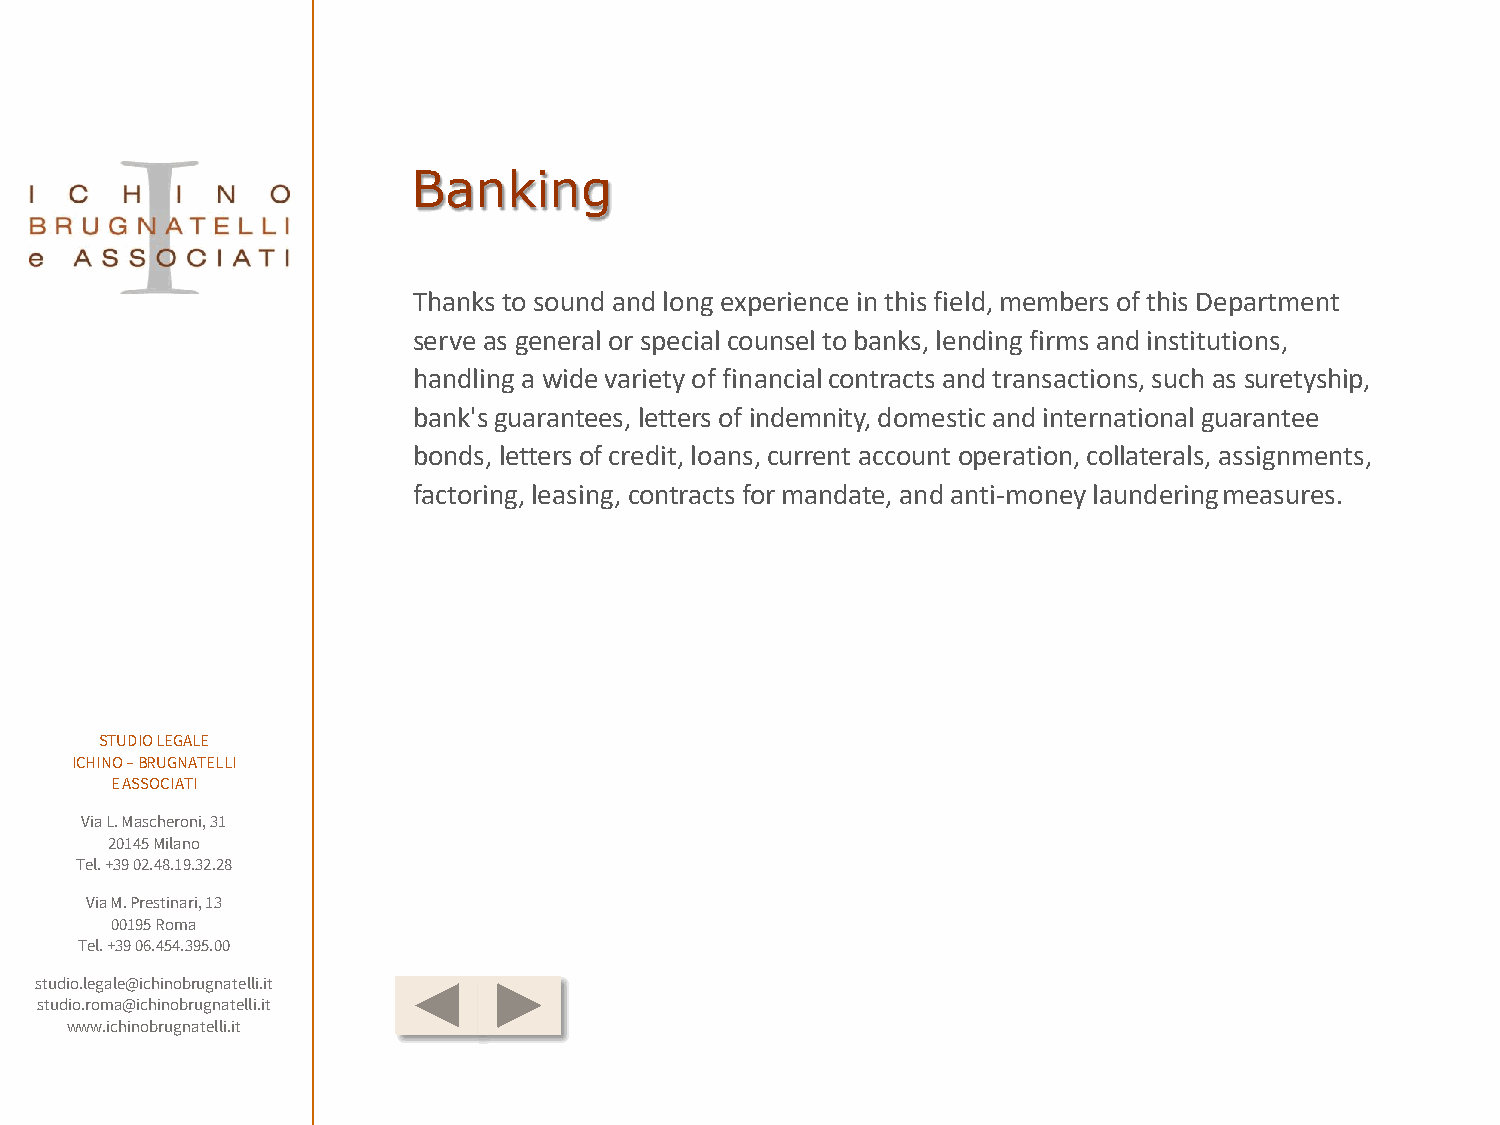
Banking
 Thanks to sound and long experience in this field, members of this Department
 serve as general or special counsel to banks, lending firms and institutions,
 handling a wide variety of financial contracts and transactions, such as suretyship,
 bank's guarantees, letters of indemnity, domestic and international guarantee
 bonds, letters of credit, loans, current account operation, collaterals, assignments,
 factoring, leasing, contracts for mandate, and anti-money launderingmeasures.
 STUDIO LEGALE
 ICHINO –BRUGNATELLI
 E ASSOCIATI
 Via L. Mascheroni, 31
 20145 Milano
 Tel. +39 02.48.19.32.28
 Via M. Prestinari, 13
 00195 Roma
 Tel. +39 06.454.395.00
 studio.legale@ichinobrugnatelli.it
 studio.roma@ichinobrugnatelli.it
 www.ichinobrugnatelli.it